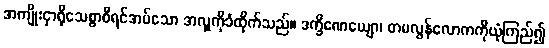
အကျိုးငှာရိုသေစွာစီရင်အပ်သော အလှူကိုခံထိုက်သည်။ ဒက္ခိဏေယျော၊ တမလွန်လောကကိုယုံကြည်၍